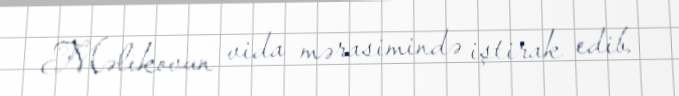
Məlikovun vida mərasimində iştirak edib.